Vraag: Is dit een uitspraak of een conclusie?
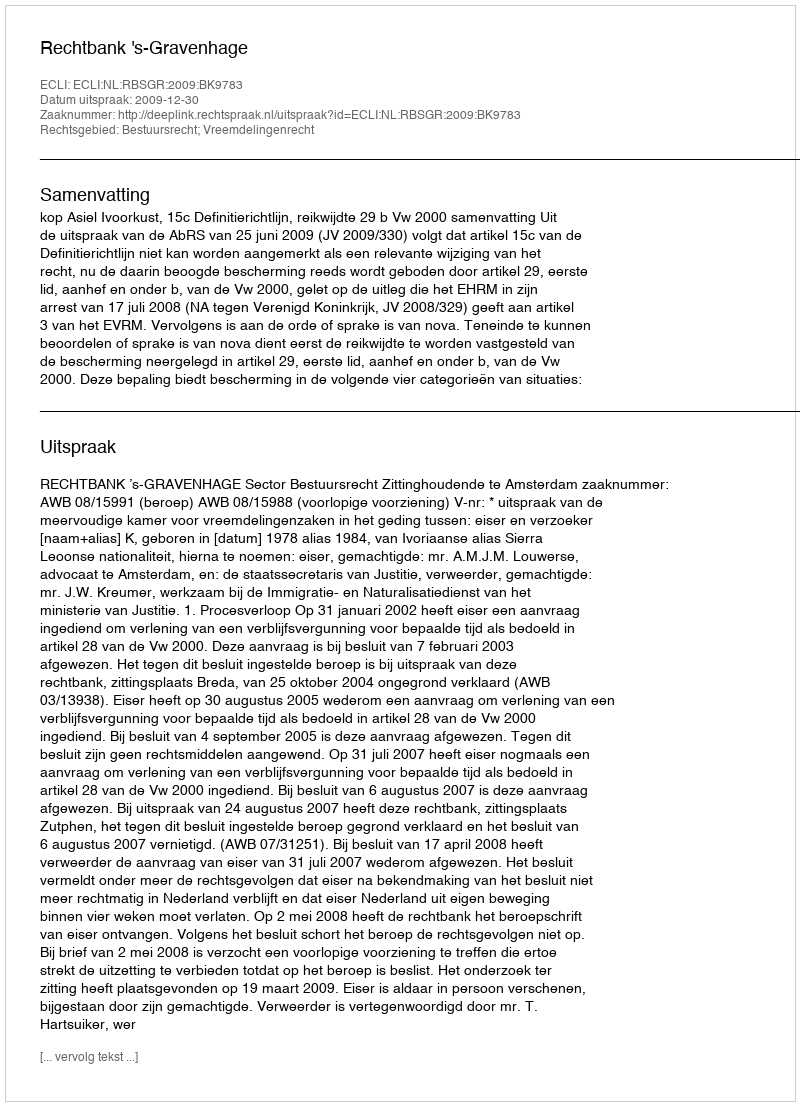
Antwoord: Uitspraak